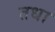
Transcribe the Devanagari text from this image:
तधा